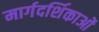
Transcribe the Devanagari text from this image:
मार्गदर्शिकाओं